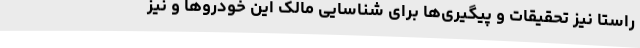
راستا نیز تحقیقات و پیگیری‌ها برای شناسایی مالک این خودروها و نیز